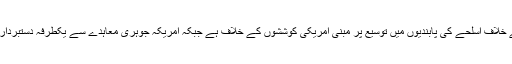
اقوام متحدہ میں چین کے مستقل نمائندے نے کہا کہ چین ایران کے خلاف اسلحے کی پابندیوں میں توسیع پر مبنی امریکی کوششوں کے خلاف ہے جبکہ امریکہ جوہری معاہدے سے یکطرفہ دستبرداری کے باعث ’’ٹرگر میکینزم‘‘ استعمال کرنے کا حق نہیں رکھتا۔